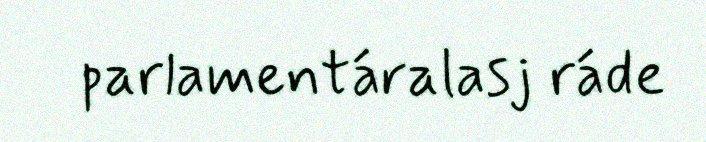
parlamentáralasj ráde